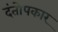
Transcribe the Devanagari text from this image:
दंतोपकार